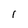
Character: 1